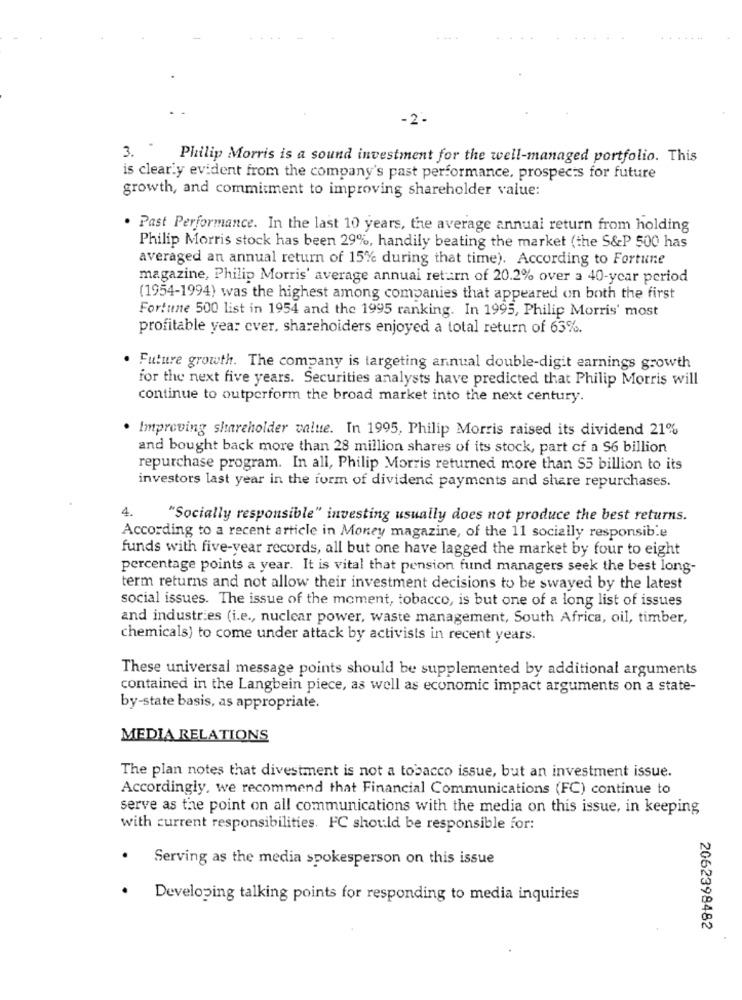
-2.
3. " Philip Morris is a sound investment for the well-managed portfolio. This
is clearly evident from the company's past performance, prospects for future
growth, and commitment to improving shareholder value:
. Past Performance. In the last 10 years, the average annual return from holding
Philip Morris stock has been 29%, handily beating the market (the S&P 500 has
averaged an annual return of 15e during that time). According to Fortune
magazine, Philip Morris' average annual return of 20.2% over a 40-year period
(1954-1994) was the highest among companies that appeared on both the first
Fortune 500 list in 1954 and the 1995 ranking. In 1995, Philip Morris' most
profitable year cver, shareholders enjoyed a total return of 63%.
. Future growth. The company is targeting annual double-digit earnings growth
for the next five years. Securities analysts have predicted that Philip Morris will
continue to outperform the broad market into the next century.
. Improving shareholder value. In 1995, Philip Morris raised its dividend 21%
and bought back more than 28 million shares of its stock, part of a $6 billion
repurchase program. In all, Philip Morris returned more than S5 billion to its
investors last year in the form of dividend payments and share repurchases.
4.
"Socially responsible" investing usually does not produce the best returns.
According to a recent article in Money magazine, of the 11 socially responsible
funds with five-year records, all but one have lagged the market by four to eight
percentage points a year. It is vital that pension fund managers seek the best long-
term returns and not allow their investment decisions to be swayed by the latest
social issues. The issue of the moment, tobacco, is but one of a long list of issues
and industries (i.e ., nuclear power, waste management, South Africa, oil, timber,
chemicals) to come under attack by activists in recent years.
These universal message points should be supplemented by additional arguments
contained in the Langbein piece, as well as economic impact arguments on a state-
by-state basis, as appropriate.
MEDIA RELATIONS
The plan notes that divestment is not a tobacco issue, but an investment issue.
Accordingly, we recommend that Financial Communications (FC) continue to
serve as the point on all communications with the media on this issue, in keeping
with current responsibilities. FC should be responsible for:
Serving as the media spokesperson on this issue
Developing talking points for responding to media inquiries
2062398482